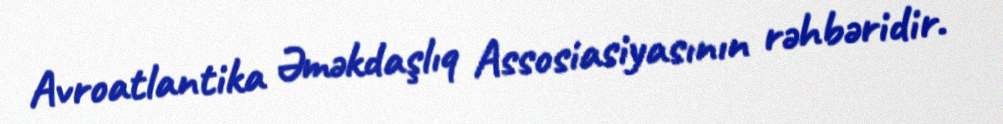
Avroatlantika Əməkdaşlıq Assosiasiyasının rəhbəridir.